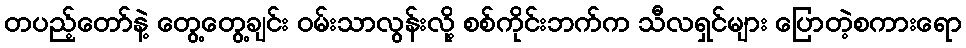
တပည့်တော်နဲ့ တွေ့တွေ့ချင်း ဝမ်းသာလွန်းလို့ စစ်ကိုင်းဘက်က သီလရှင်များ ပြောတဲ့စကားရော